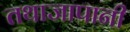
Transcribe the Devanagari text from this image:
तथाजापानी